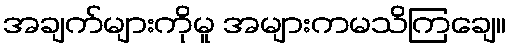
အချက်များကိုမူ အများကမသိကြချေ။